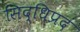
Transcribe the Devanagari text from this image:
सिद्धिप्रदं